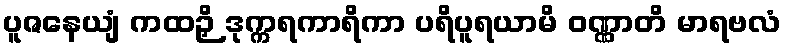
ပူဇနေယျံ ကထဉှိ ဒုက္ကရကာရိကာ ပရိပူရယာမိ ဝဏ္ဏာတိ မာရဗလံ